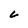
Character: 6